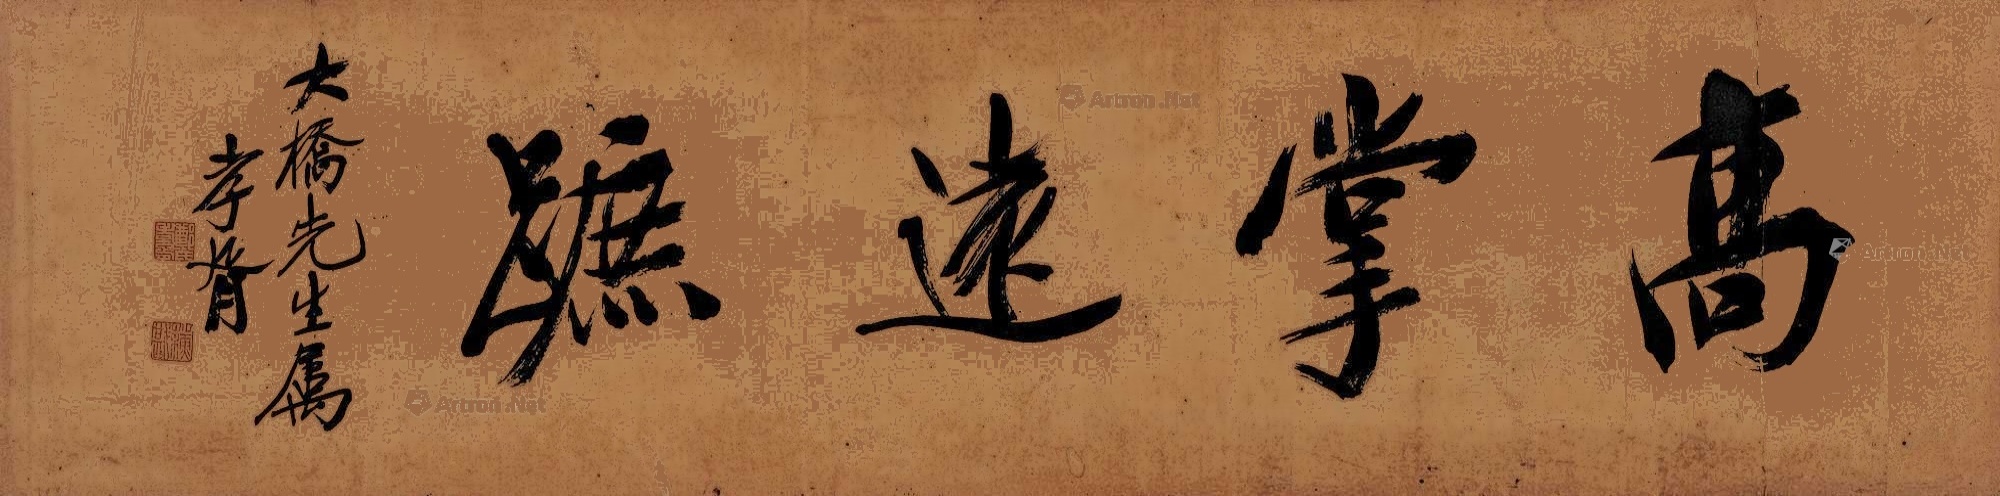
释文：高掌远跖大桥先生属，孝胥。